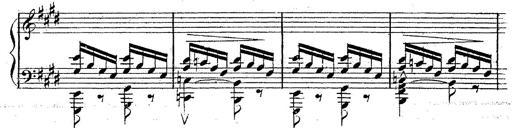
Title: 12 Lieder von Franz Schubert
Composer: Franz Liszt